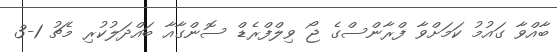
ބާއްވާ ގައުމު ކަމަށްވާ ފްރާންސްގެ ޖޯ ވިލްފްރެޑް ސޮންގާއާ ބައްދަލުކުރި މެޗު 1-3